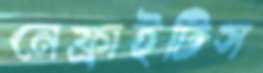
নেফ্রাইটিস